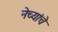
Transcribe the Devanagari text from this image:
नेच्यांचे